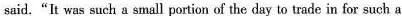
said."It was such a small portion of the day to trade in for such a